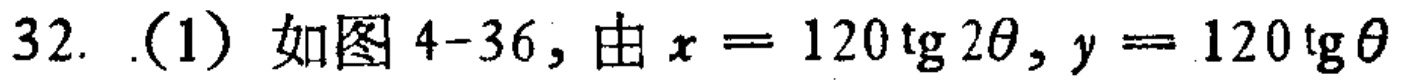
32. (1) 如图 4-36, 由 \(x = 120\mathrm{tg}2\theta,y = 120\mathrm{tg}\theta\)